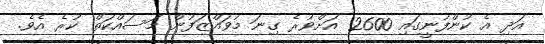
އަދި އެ ކުންފުނީގައި 2600 އަށްވުރެ ގިނަ މުވައްޒަފުން މަސައްކަތް ކުރެ އެވެ.